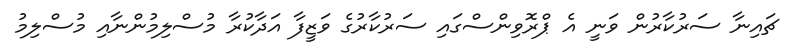
ޗައިނާ ސަރުކާރުން ވަނީ އެ ޕްރޮވިންސްގައި ސަރުކާރުގެ ވަޒީފާ އަދާކުރާ މުސްލިމުންނާއި މުސްލިމު